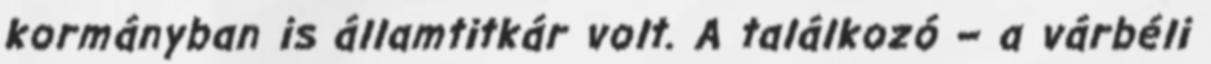
kormányban is államtitkár volt. A találkozó – a várbéli